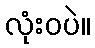
လုံးဝပဲ။